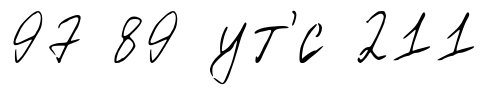
97 89 ут'́с 211